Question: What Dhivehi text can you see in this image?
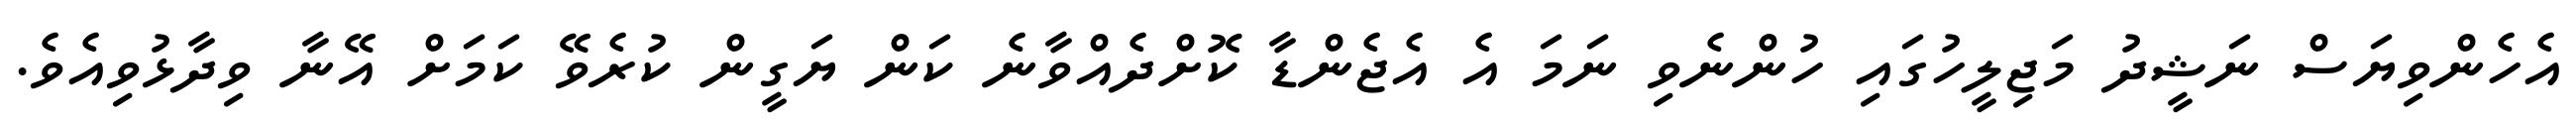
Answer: އެހެންވިޔަސް ނަޝީދު މަޖިލީހުގައި ހުންނެވި ނަމަ އެ އެޖެންޑާ ކޮށްދެއްވާނެ ކަން ޔަގީން ކުރެވޭ ކަމަށް އޭނާ ވިދާޅުވިއެވެ.